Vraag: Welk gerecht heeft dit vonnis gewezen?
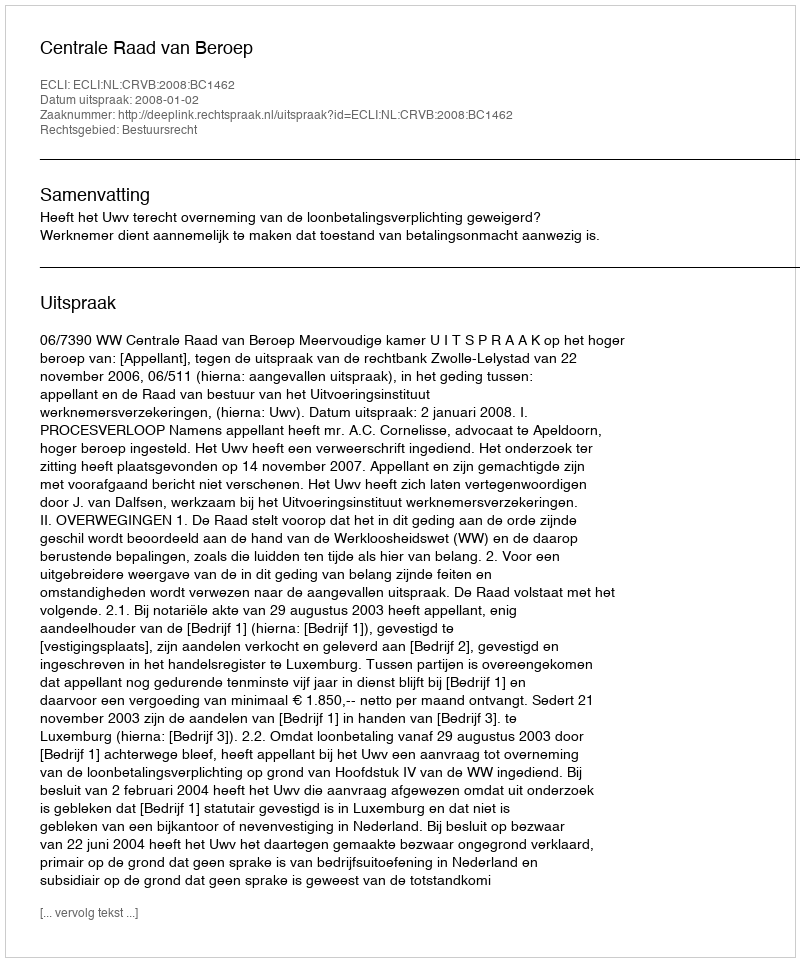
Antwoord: Centrale Raad van Beroep